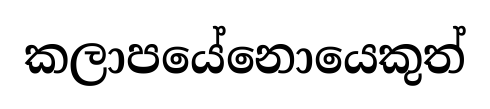
කලාපයේනොයෙකුත්